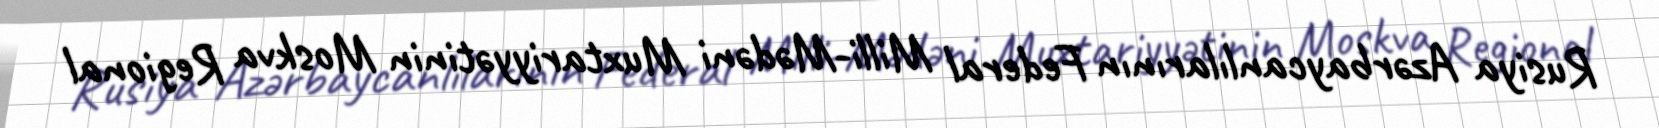
Rusiya Azərbaycanlılarının Federal Milli-Mədəni Muxtariyyətinin Moskva Regional